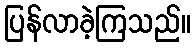
ပြန်လာခဲ့ကြသည်။